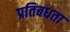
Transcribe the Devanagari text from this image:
प्रतिबधता